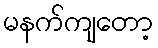
မနက်ကျတော့